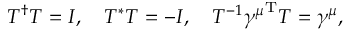
{ \cal T } ^ { \dagger } { \cal T } = I , \quad { \cal T } ^ { * } { \cal T } = - I , \quad { \cal T } ^ { - 1 } { \gamma ^ { \mu } } ^ { \mathrm { T } } { \cal T } = \gamma ^ { \mu } ,